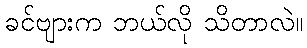
ခင်ဗျားက ဘယ်လို သိတာလဲ။